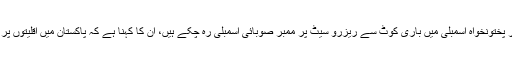
بلدیو کمار خیبر پختونخواہ اسمبلی میں باری کوٹ سے ریزرو سیٹ پر ممبر صوبائی اسمبلی رہ چکے ہیں، ان کا کہنا ہے کہ پاکستان میں اقلیتوں پر ظلم ہورہا ہے۔